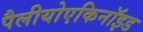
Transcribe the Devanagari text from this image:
पैलीयोएकिनॉइड